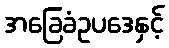
အခြေခံဥပဒေနှင့်